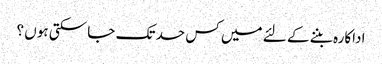
اداکارہ بننے کے لئے میں کس حد تک جا سکتی ہوں ؟